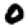
Digit: 0